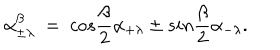
LaTeX: \alpha _ { \pm \lambda } ^ { \beta } ~ = ~ c o s { \frac { \beta } { 2 } } \alpha _ { + \lambda } \pm s i n { \frac { \beta } { 2 } } \alpha _ { - \lambda } .